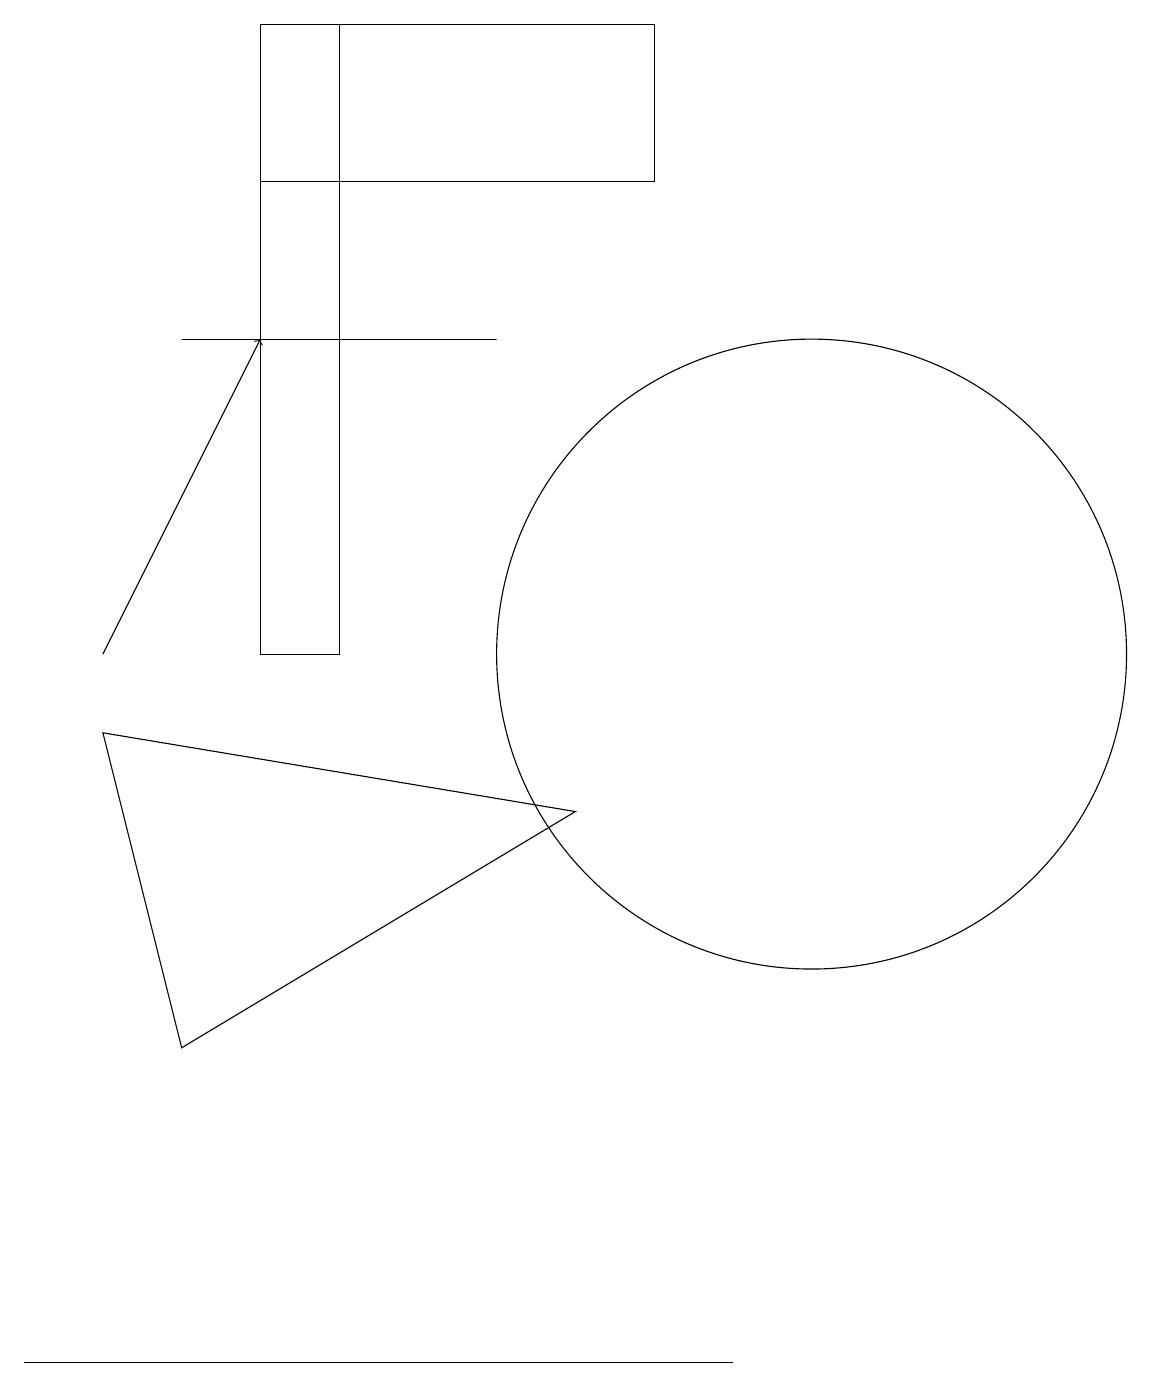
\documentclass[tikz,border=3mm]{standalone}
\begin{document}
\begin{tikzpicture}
\draw (3,10) rectangle (4,18);
\draw (1,9) -- (2,5) -- (7,8) -- cycle;
\draw (0,1) -- (0,1) -- (9,1) -- cycle;
\draw (8,16) rectangle (3,18);
\draw[->] (1,10) -- (3,14);
\draw (6,14) rectangle (2,14);
\draw (10,10) circle (4);
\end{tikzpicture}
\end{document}